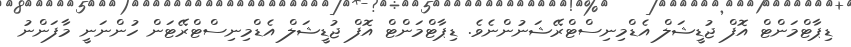
ޑިޕާޓްމަންޓް އޮފް ޖުޑީޝަލް އެޑްމިނިސްޓްރޭޝަނުންނެވެ. ޑިޕާޓްމަންޓް އޮފް ޖުޑީޝަލް އެޑްމިނިސްޓްރޭޓަން ހުންނަނީ މާފަންނު